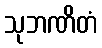
သုဘဏိတံ